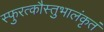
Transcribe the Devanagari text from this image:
स्फुरत्कौस्तुभालंकृतं